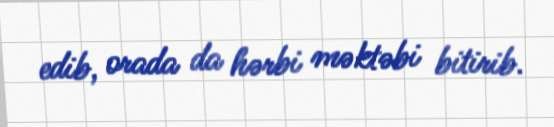
edib, orada da hərbi məktəbi bitirib.